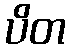
ပိတ